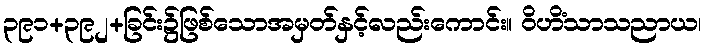
၃၉၁+၃၉၂+ခြင်း၌ဖြစ်သောအမှတ်နှင့်လည်းကောင်း။ ဝိဟိံသာသညာယ၊